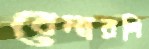
বেনারশি